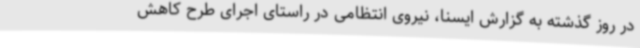
در روز گذشته به گزارش ایسنا، نیروی انتظامی در راستای اجرای طرح کاهش